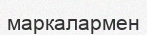
маркалармен